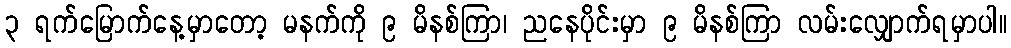
၃ ရက်မြောက်နေ့မှာတော့ မနက်ကို ၉ မိနစ်ကြာ၊ ညနေပိုင်းမှာ ၉ မိနစ်ကြာ လမ်းလျှောက်ရမှာပါ။